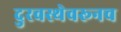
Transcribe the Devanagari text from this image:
दुरवस्थेवरूनच